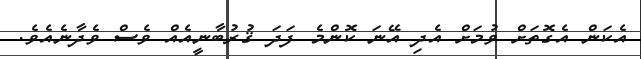
އެކަން އެގޮތަށް ވުމަށް އެދި އޭނަ ކޮންމެ ފަދަ ޤުރުބާނީއެއް ވެސް ވެދާނެއެވެ.